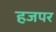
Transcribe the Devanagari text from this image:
हजपर